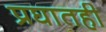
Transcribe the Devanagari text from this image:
प्रघातही